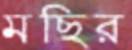
মছির